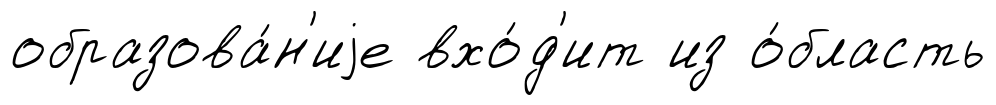
образова́н'иjе вхо́д'ит из о́бласть